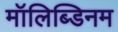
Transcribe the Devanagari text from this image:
मॉलिब्डिनम